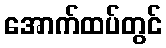
အောက်ထပ်တွင်